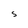
Character: S